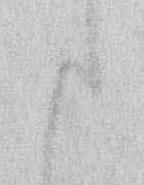
た